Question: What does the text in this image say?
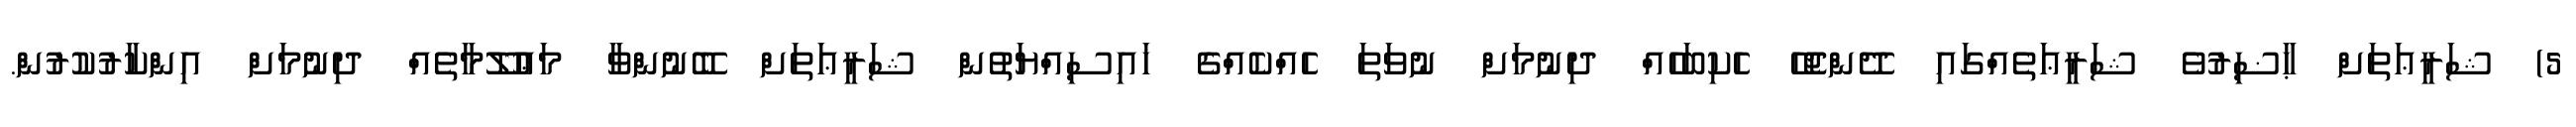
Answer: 5) ޝަރީޢަތަށް ޙާޟިރުވެ ޝަރީޢަތެއްގައި ދޭންޖެހޭ ހެކިބަހެއް ދިނުމަށް ނުވަތަ ހެއްކެއްގެ ހައިސިއްޔަތުން ޝަރީޢަތަށް ބޭނުންވާ މަޢުލޫމާތެއް ދިނުމަށް އިންކާރުކުރުން.